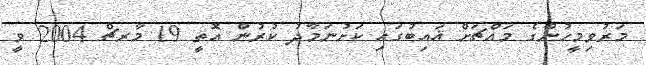
މަރުވިމީހުންގެ މައްޗަށް ޣައިބުގައި ކަށުނަމާދު ކުރުން އޮތީ 19 މާރޗް 2004 ވީ